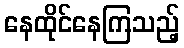
နေထိုင်နေကြသည့်